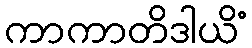
ကာကာတိဒါယိံ